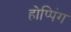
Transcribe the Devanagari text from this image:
होप्पिंग